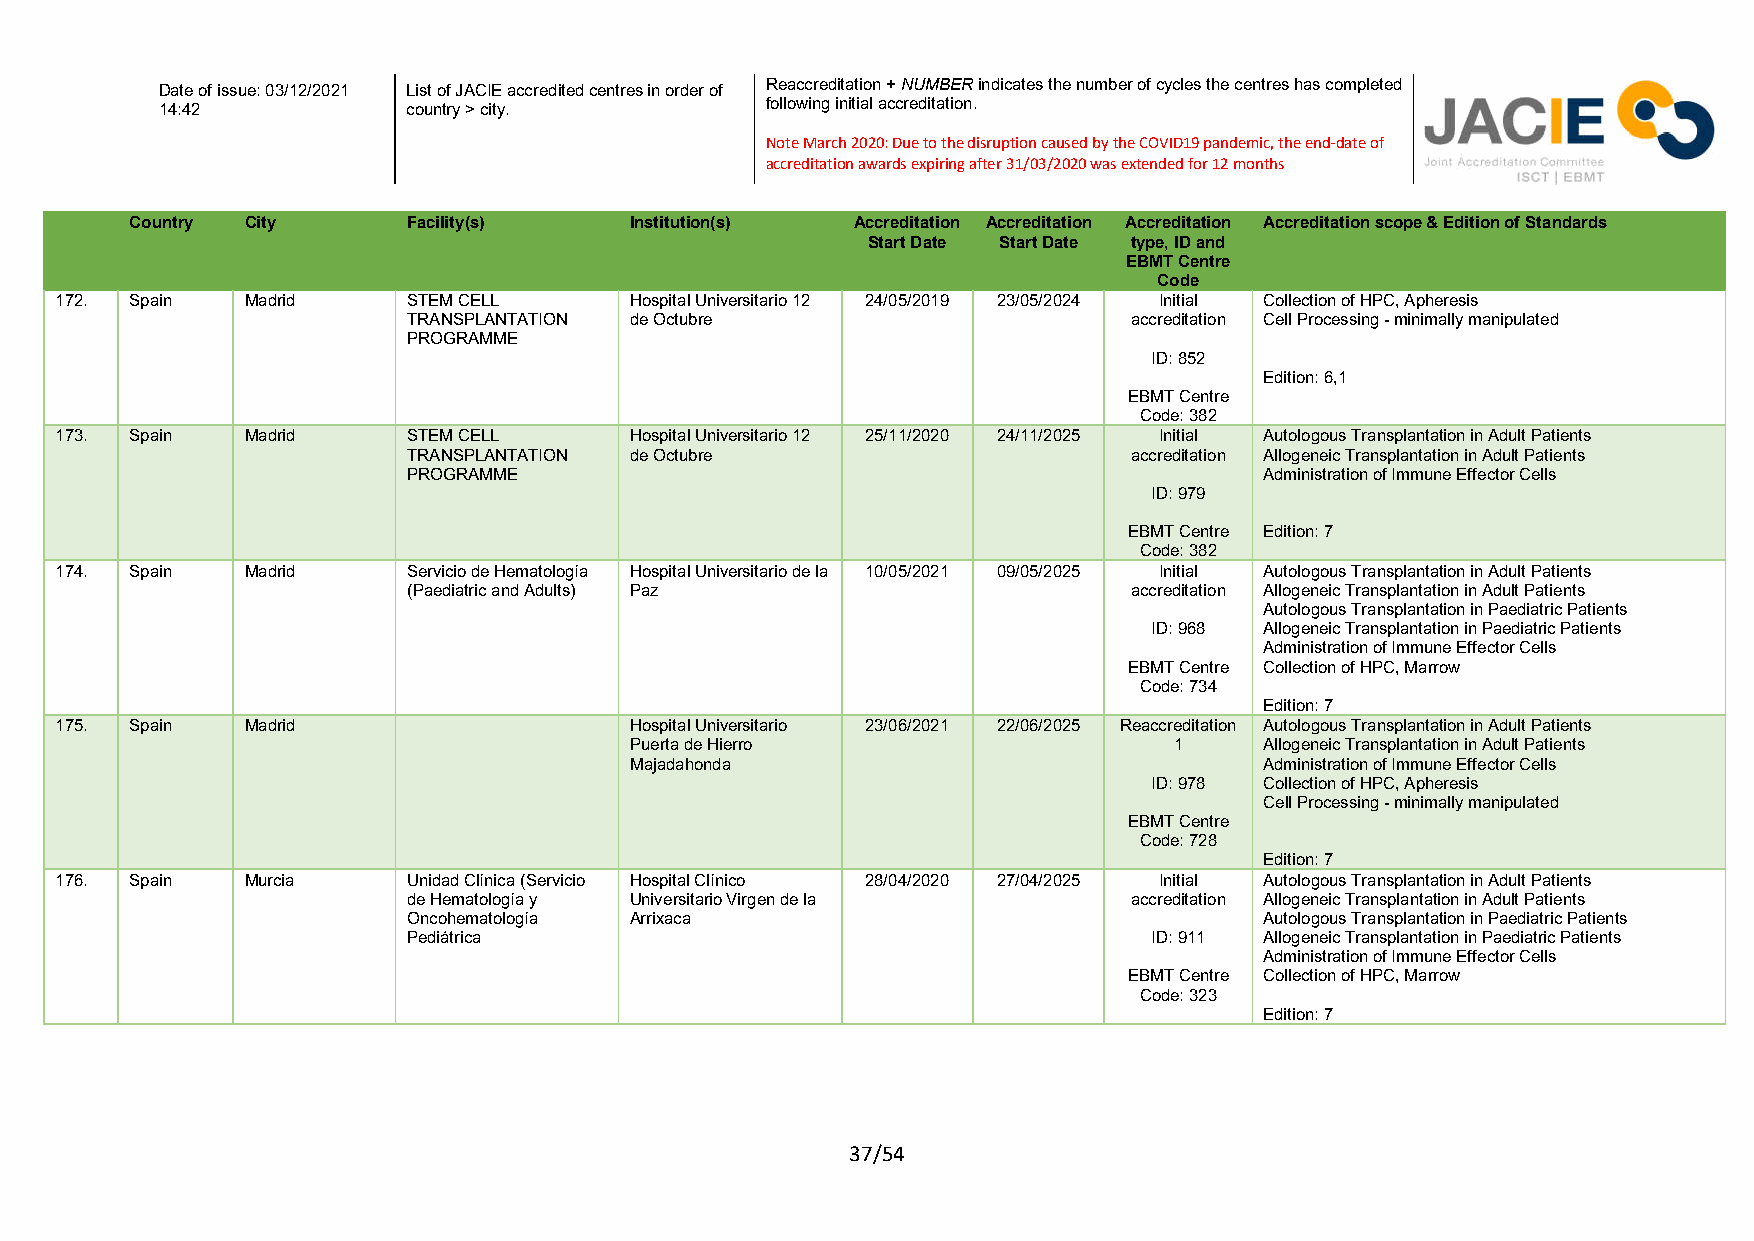
Reaccreditation + NUMBER indicates the number of cycles the centres has completed
 Date of issue: 03/12/2021 List of JACIE accredited centres in order of
 following initial accreditation.
 14:42           country > city.
 Note March 2020: Due to the disruption caused by the COVID19 pandemic, the end-date of
 accreditation awards expiring after 31/03/2020 was extended for 12 months
 Country City      Facility(s)    Institution(s) Accreditation Accreditation Accreditation Accreditation scope & Edition of Standards
 Start Date Start Date type, ID and
 EBMT Centre
 Code
 172. Spain  Madrid     STEM CELL      Hospital Universitario 12 24/05/2019 23/05/2024 Initial Collection of HPC, Apheresis
 TRANSPLANTATION de Octubre                      accreditation Cell Processing - minimally manipulated
 PROGRAMME
 ID: 852
 Edition: 6,1
 EBMT Centre
 Code: 382
 173. Spain  Madrid     STEM CELL      Hospital Universitario 12 25/11/2020 24/11/2025 Initial Autologous Transplantation in Adult Patients
 TRANSPLANTATION de Octubre                      accreditation Allogeneic Transplantation in Adult Patients
 PROGRAMME                                                Administration of Immune Effector Cells
 ID: 979
 EBMT Centre Edition: 7
 Code: 382
 174. Spain  Madrid     Servicio de Hematología Hospital Universitario de la 10/05/2021 09/05/2025 Initial Autologous Transplantation in Adult Patients
 (Paediatric and Adults) Paz                     accreditation Allogeneic Transplantation in Adult Patients
 Autologous Transplantation in Paediatric Patients
 ID: 968 Allogeneic Transplantation in Paediatric Patients
 Administration of Immune Effector Cells
 EBMT Centre Collection of HPC, Marrow
 Code: 734
 Edition: 7
 175. Spain  Madrid                    Hospital Universitario 23/06/2021 22/06/2025 Reaccreditation Autologous Transplantation in Adult Patients
 Puerta de Hierro                    1     Allogeneic Transplantation in Adult Patients
 Majadahonda                               Administration of Immune Effector Cells
 ID: 978 Collection of HPC, Apheresis
 Cell Processing - minimally manipulated
 EBMT Centre
 Code: 728
 Edition: 7
 176. Spain  Murcia     Unidad Clínica (Servicio Hospital Clínico 28/04/2020 27/04/2025 Initial Autologous Transplantation in Adult Patients
 de Hematología y Universitario Virgen de la     accreditation Allogeneic Transplantation in Adult Patients
 Oncohematología Arrixaca                                 Autologous Transplantation in Paediatric Patients
 Pediátrica                                       ID: 911 Allogeneic Transplantation in Paediatric Patients
 Administration of Immune Effector Cells
 EBMT Centre Collection of HPC, Marrow
 Code: 323
 Edition: 7
 37/54